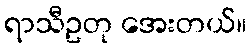
ရာသီဥတု အေးတယ်။